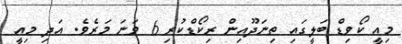
މިއީ ކޯވިޑް ބަލީގައި ތިނަދޫއިން ރިކޯޑްކުރި 6 ވަނަ މަރެވެ. އަދި މިއީ